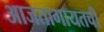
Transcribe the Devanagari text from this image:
आजतागायतची